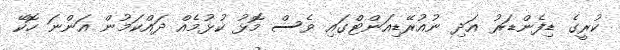
ކުރީގެ ޑިފެންޑަރު އަދި ނުއުރޭޑިއަންޓްގައި ވެސް މޮޅު ކުޅުމެއް ދައްކަމުން އަންނަ ހޮކޭ